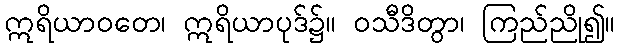
ဣရိယာဝတေ၊ ဣရိယာပုဒ်၌။ ဝသီဒိတွာ၊ ကြည်ညို၍။